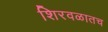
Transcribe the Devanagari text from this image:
शिरवळातच